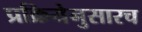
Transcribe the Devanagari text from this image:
प्रक्रियेनुसारच